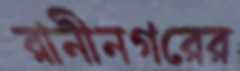
রানীনগরের